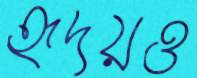
হৃদয়ও